Civil Veterinary Department Bengal reports 1923-33 - 1923-1933
Year: 1923
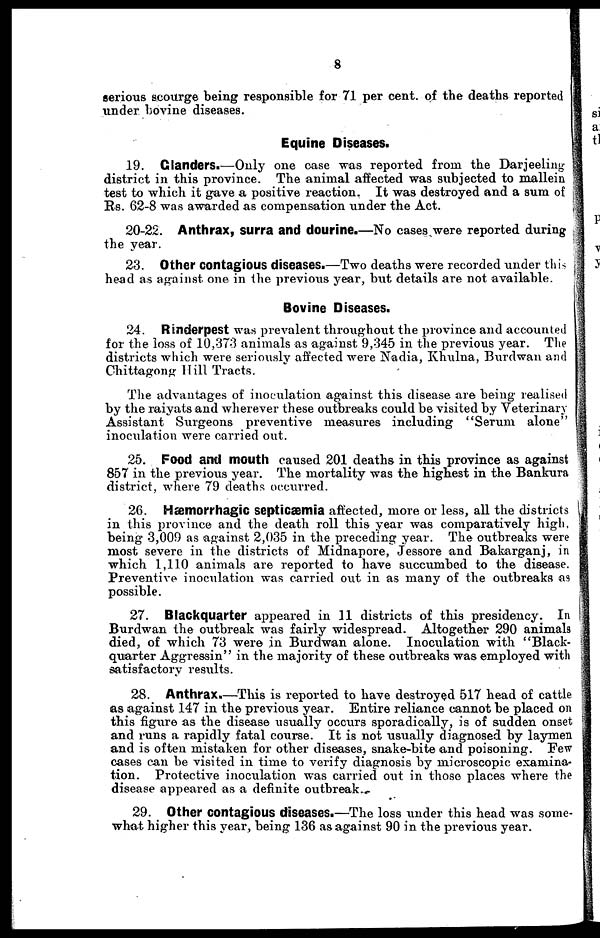
8
serious scourge being responsible for 71 per cent. of the deaths reported
under bovine diseases.
Equine Diseases.
19. Glanders.—Only one case was reported from the Darjeeling
district in this province. The animal affected was subjected to mallein
test to which it gave a positive reaction. It was destroyed and a sum of
Rs. 62-8 was awarded as compensation under the Act.
20-22. Anthrax, surra and dourine.—No cases were reported during
the year.
23. Other contagious diseases.—Two deaths were recorded under this
head as against one in the previous year, but details are not available.
Bovine Diseases.
24. Rinderpest was prevalent throughout the province and accounted
for the loss of 10,373 animals as against 9,345 in the previous year. The
districts which were seriously affected were Nadia, Khulna, Burdwan and
Chittagong Hill Tracts.
The advantages of inoculation against this disease are being realised
by the raiyats and wherever these outbreaks could be visited by Veterinary
Assistant Surgeons preventive measures including "Serum alone"
inoculation were carried out.
25. Food and mouth caused 201 deaths in this province as against
857 in the previous year. The mortality was the highest in the Bankura
district, where 79 deaths occurred.
26. Hæmorrhagic septicæmia affected, more or less, all the districts
in this province and the death roll this year was comparatively high,
being 3,009 as against 2,035 in the preceding year. The outbreaks were
most severe in the districts of Midnapore, Jessore and Bakarganj, in
which 1,110 animals are reported to have succumbed to the disease.
Preventive inoculation was carried out in as many of the outbreaks as
possible.
27. Blackquarter appeared in 11 districts of this presidency. In
Burdwan the outbreak was fairly widespread. Altogether 290 animals
died, of which 73 were in Burdwan alone. Inoculation with "Black-
quarter Aggressin" in the majority of these outbreaks was employed with
satisfactory results.
28. Anthrax.—This is reported to have destroyed 517 head of cattle
as against 147 in the previous year. Entire reliance cannot be placed on
this figure as the disease usually occurs sporadically, is of sudden onset
and runs a rapidly fatal course. It is not usually diagnosed by laymen
and is often mistaken for other diseases, snake-bite and poisoning. Few
cases can be visited in time to verify diagnosis by microscopic examina-
tion. Protective inoculation was carried out in those places where the
disease appeared as a definite outbreak.
29. Other contagious diseases.—The loss under this head was some-
what higher this year, being 136 as against 90 in the previous year.